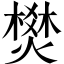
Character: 燓